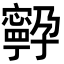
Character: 𭔤